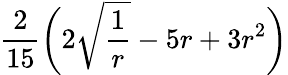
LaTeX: \frac{2}{15}\bigg(2\sqrt{\frac{1}{r}}-5r+3r^{2}\bigg)